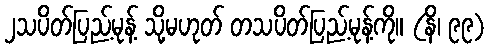
၂သပိတ်ပြည့်မုန့် သို့မဟုတ် တသပိတ်ပြည့်မုန့်ကို။ (နိ၊ ၉၉)